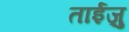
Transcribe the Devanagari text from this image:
ताईज़ु